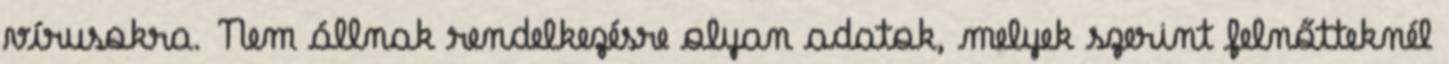
vírusokra. Nem állnak rendelkezésre olyan adatok, melyek szerint felnőtteknél